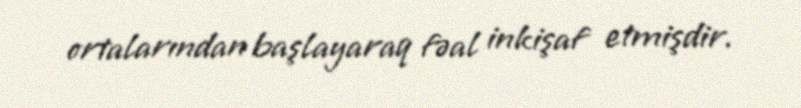
ortalarından başlayaraq fəal inkişaf etmişdir.